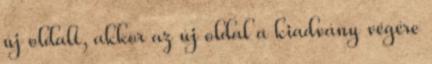
új oldalt, akkor az új oldal a kiadvány végére